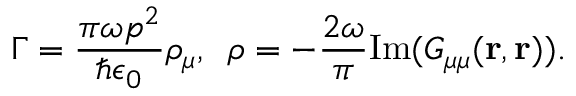
\Gamma = \frac { \pi \omega p ^ { 2 } } { \hbar \epsilon _ { 0 } } \rho _ { \mu } , \, \, \, \rho = - \frac { 2 \omega } { \pi } \mathrm { I m } ( { G _ { \mu \mu } ( \mathbf { r } , \mathbf { r } ) } ) .